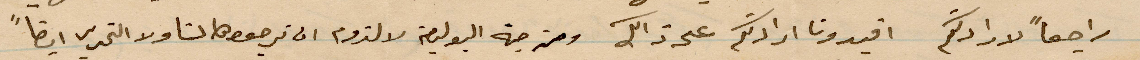
راجعًا لارادتكم افيدونا ارادتكم على ذلك ومن جهة البوليصة لا لزوم ان ترجعوها لنا ولا التحرير ايضًا